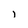
Character: l